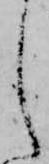
し